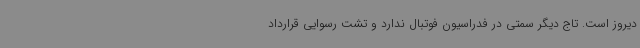
دیروز است. تاج دیگر سمتی در فدراسیون فوتبال ندارد و تشت رسوایی قرارداد